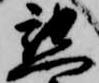
懇